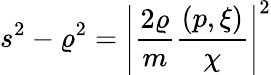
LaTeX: s^{2}-\varrho^{2}=\left|\frac{2\varrho}{m}\frac{(p,\xi)}{\chi}\right|^{2}